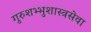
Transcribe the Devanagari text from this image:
गुरुशभ्भुशास्त्रसेवा